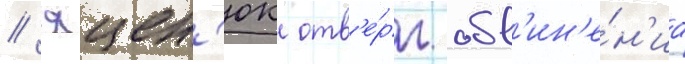
// Яцен'юк отв'е́рг обв'ин'е́н'иа